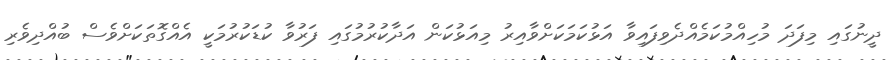
ދީނުގައި މިފަދަ މުހިއްމުކަމެއްދެވިފައިވާ އަޅުކަމަކަށްވާއިރު މިއަޅުކަން އަދާކުރުމުގައި ފަރުވާ ކުޑަކުރުމަކީ އެއްގޮތަކަށްވެސް ބުއްދިވެރި